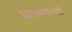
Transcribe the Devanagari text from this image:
विस्मयाचा